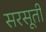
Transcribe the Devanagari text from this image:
सरसूती